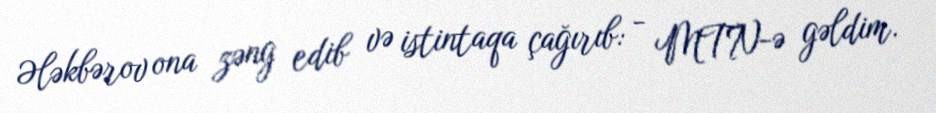
Ələkbərov ona zəng edib və istintaqa çağırıb: - MTN-ə gəldim.